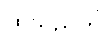
ထိုသည်ကို